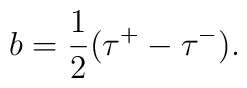
b=\frac 12(\tau ^{+}-\tau ^{-}).